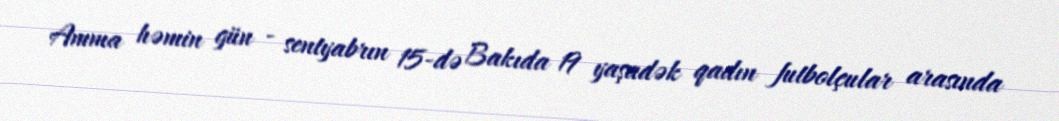
Amma həmin gün - sentyabrın 15-də Bakıda 19 yaşadək qadın futbolçular arasında